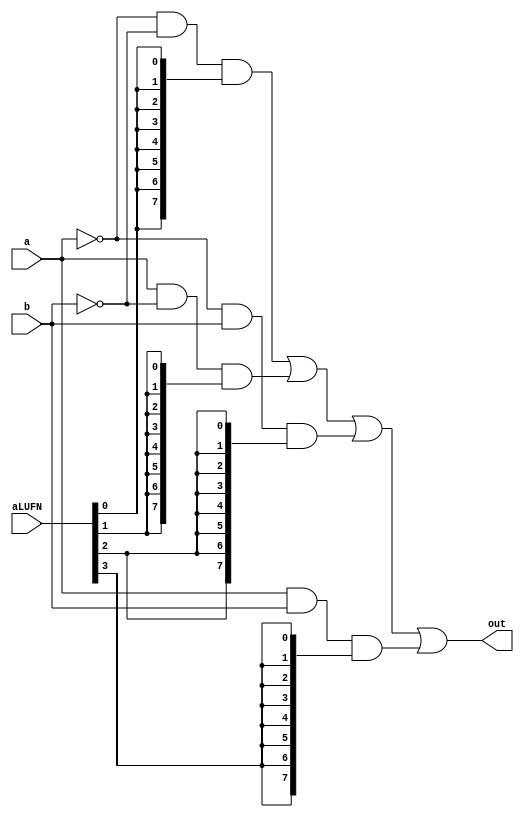
/*
   This file was generated automatically by the Mojo IDE version B1.3.5.
   Do not edit this file directly. Instead edit the original Lucid source.
   This is a temporary file and any changes made to it will be destroyed.
*/

module boolean_7 (
    output reg [7:0] out,
    input [7:0] a,
    input [7:0] b,
    input [5:0] aLUFN
  );
  
  
  
  reg [7:0] zerozero;
  
  reg [7:0] zeroone;
  
  reg [7:0] onezero;
  
  reg [7:0] oneone;
  
  always @* begin
    zerozero = ~a & ~b & {4'h8{aLUFN[0+0-:1]}};
    zeroone = a & ~b & {4'h8{aLUFN[1+0-:1]}};
    onezero = ~a & b & {4'h8{aLUFN[2+0-:1]}};
    oneone = a & b & {4'h8{aLUFN[3+0-:1]}};
    out = (zerozero | zeroone | onezero | oneone);
  end
endmodule